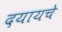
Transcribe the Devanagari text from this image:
दयायचे